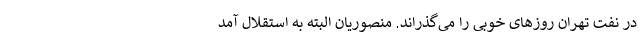
در نفت تهران روزهای خوبی را می‌گذراند. منصوریان البته به استقلال آمد